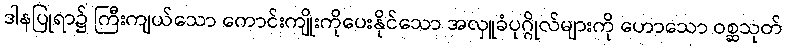
ဒါနပြုရာ၌ ကြီးကျယ်သော ကောင်းကျိုးကိုပေးနိုင်သော အလှူခံပုဂ္ဂိုလ်များကို ဟောသော ဝစ္ဆသုတ်